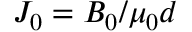
J _ { 0 } = B _ { 0 } / \mu _ { 0 } d